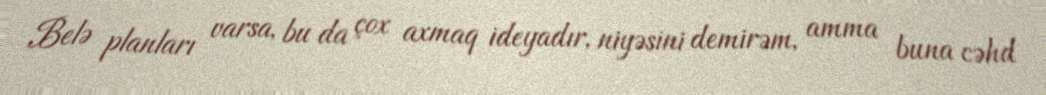
Belə planları varsa, bu da çox axmaq ideyadır, niyəsini demirəm, amma buna cəhd